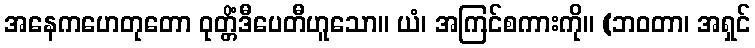
အနေကဟေတုတော ဝုတ္တိံဒီပေတီဟူသော။ ယံ၊ အကြင်စကားကို။ (ဘဝတာ၊ အရှင်